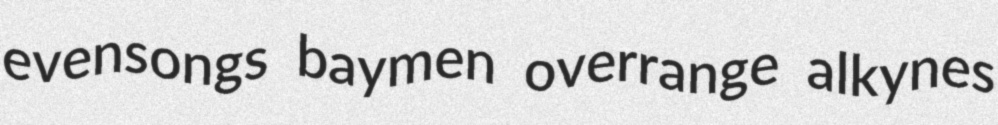
evensongs baymen overrange alkynes